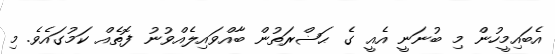
އެބައިމީހުން މި ބުނަނީ އެއީ ގެ ޙަޟްރަތުން ބާއްވައިލެއްވުނު ފޮތެއް ކަމުގައެވެ. މި